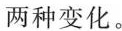
两种变化。